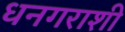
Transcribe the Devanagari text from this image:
धनगराशी